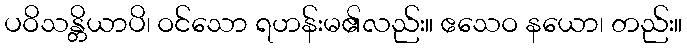
ပဝိသန္တိယာပိ၊ ဝင်သော ရဟန်းမ၏လည်း။ ဧသေဝ နယော၊ တည်း။